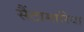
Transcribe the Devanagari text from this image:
सैंटामारिया